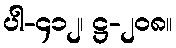
ပါ-၄၁၂၊ ဋ္ဌ-၂၀၈။